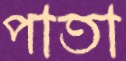
পাতা